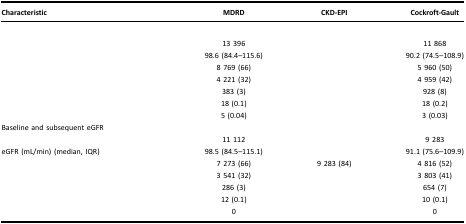
<table><thead><tr><td><b>Characteristic</b></td><td>[EMPTY_CELL]</td><td><b>MDRD</b></td><td><b>CKD-EPI</b></td><td><b>Cockroft-Gault</b></td></tr></thead><tbody><tr><td>[EMPTY_CELL]</td><td>[EMPTY_CELL]</td><td>[EMPTY_CELL]</td><td>[EMPTY_CELL]</td><td>[EMPTY_CELL]</td></tr><tr><td>[EMPTY_CELL]</td><td>[EMPTY_CELL]</td><td>13 396</td><td>[EMPTY_CELL]</td><td>11 868</td></tr><tr><td>[EMPTY_CELL]</td><td>[EMPTY_CELL]</td><td>98.6 (84.4–115.6)</td><td>[EMPTY_CELL]</td><td>90.2 (74.5–108.9)</td></tr><tr><td>[EMPTY_CELL]</td><td>[EMPTY_CELL]</td><td>8 769 (66)</td><td>[EMPTY_CELL]</td><td>5 960 (50)</td></tr><tr><td>[EMPTY_CELL]</td><td>[EMPTY_CELL]</td><td>4 221 (32)</td><td>[EMPTY_CELL]</td><td>4 959 (42)</td></tr><tr><td>[EMPTY_CELL]</td><td>[EMPTY_CELL]</td><td>383 (3)</td><td>[EMPTY_CELL]</td><td>928 (8)</td></tr><tr><td>[EMPTY_CELL]</td><td>[EMPTY_CELL]</td><td>18 (0.1)</td><td>[EMPTY_CELL]</td><td>18 (0.2)</td></tr><tr><td>[EMPTY_CELL]</td><td>[EMPTY_CELL]</td><td>5 (0.04)</td><td>[EMPTY_CELL]</td><td>3 (0.03)</td></tr><tr><td>Baseline and subsequent eGFR</td><td>[EMPTY_CELL]</td><td>[EMPTY_CELL]</td><td>[EMPTY_CELL]</td><td>[EMPTY_CELL]</td></tr><tr><td>[EMPTY_CELL]</td><td>[EMPTY_CELL]</td><td>11 112</td><td>[EMPTY_CELL]</td><td>9 283</td></tr><tr><td>eGFR (mL/min) (median, IQR)</td><td>[EMPTY_CELL]</td><td>98.5 (84.5–115.1)</td><td>[EMPTY_CELL]</td><td>91.1 (75.6–109.9)</td></tr><tr><td>[EMPTY_CELL]</td><td>[EMPTY_CELL]</td><td>7 273 (66)</td><td>9 283 (84)</td><td>4 816 (52)</td></tr><tr><td>[EMPTY_CELL]</td><td>[EMPTY_CELL]</td><td>3 541 (32)</td><td>[EMPTY_CELL]</td><td>3 803 (41)</td></tr><tr><td>[EMPTY_CELL]</td><td>[EMPTY_CELL]</td><td>286 (3)</td><td>[EMPTY_CELL]</td><td>654 (7)</td></tr><tr><td>[EMPTY_CELL]</td><td>[EMPTY_CELL]</td><td>12 (0.1)</td><td>[EMPTY_CELL]</td><td>10 (0.1)</td></tr><tr><td>[EMPTY_CELL]</td><td>[EMPTY_CELL]</td><td>0</td><td>[EMPTY_CELL]</td><td>0</td></tr></tbody></table>